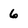
Character: 6